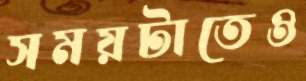
সময়টাতেও